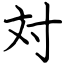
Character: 対